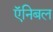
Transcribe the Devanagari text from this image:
ऍनिबल